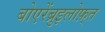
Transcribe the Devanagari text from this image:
बोएरेंब्रुइलोफ़्त